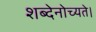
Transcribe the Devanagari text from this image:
शब्देनोच्यते।